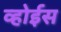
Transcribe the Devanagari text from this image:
व्होईस